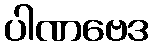
ပါဏဗေဒ